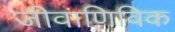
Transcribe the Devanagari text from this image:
जीवाणिविक